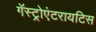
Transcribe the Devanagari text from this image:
गॅस्ट्रोएंटरायटिस